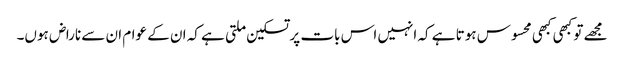
مجھے تو کبھی کبھی محسوس ہوتا ہے کہ انہیں اس بات پر تسکین ملتی ہے کہ ان کے عوام ان سے ناراض ہوں۔